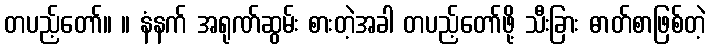
တပည့်တော်။ ။ နံနက် အရုဏ်ဆွမ်း စားတဲ့အခါ တပည့်တော်ဖို့ သီးခြား ဓာတ်စာဖြစ်တဲ့